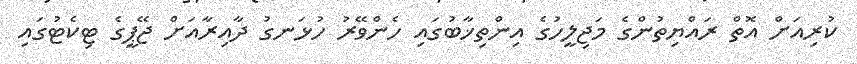
ކުރިއަށް އޮތް ރައްޔިތުންގެ މަޖިލީހުގެ އިންތިޚާބުގައި ހެންވޭރު ހުޅަނގު ދާއިރާއަށް ޖޭޕީގެ ޓިކެޓުގައި